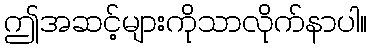
ဤအဆင့်များကိုသာလိုက်နာပါ။